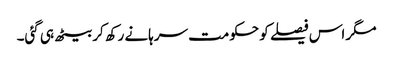
مگر اس فیصلے کو حکومت سرہانے رکھ کر بیٹھ ہی گئی۔